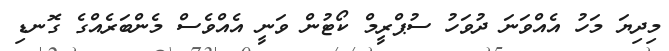
މިދިޔަ މަހު އެއްވަނަ ދުވަހު ސުޕްރީމް ކޯޓުން ވަނީ އެއްވެސް މެންބަރެއްގެ ގޮނޑި